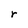
Character: r